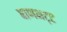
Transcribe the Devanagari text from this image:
बाणभट्‌ट